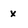
Character: x